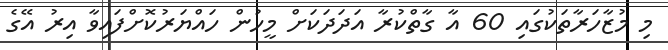
މި މުޒާހަރާތަކުގައި 60 އާ ގާތްކުރާ އަދަދަކަށް މީހުން ހައްޔަރުކޮށްފައިވާ އިރު އޭގެ